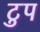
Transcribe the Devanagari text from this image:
टुप